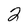
Character: 2